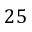
2 5